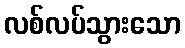
လစ်လပ်သွားသော